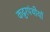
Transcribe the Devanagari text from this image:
कट्टरपंथीयों